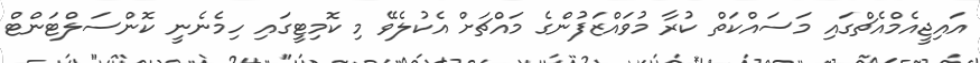
އައިޖީއެމްއެޗްގައި މަސައްކަތް ކުރާ މުވައްޒަފުންގެ މައްޗަށް އެކުލެވޭ މި ކޮމިޓީގައި ހިމެނެނީ ކޮންސަލްޓަންޓް